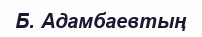
Б. Адамбаевтың